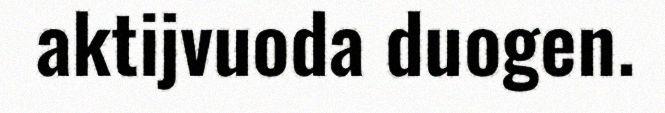
aktijvuoda duogen.